Newspaper: Der Deutsche correspondent. [volume]
Place of publication: Baltimore, Md.
Publisher: F. Raine
Date: 1890-11-22 00:00:00
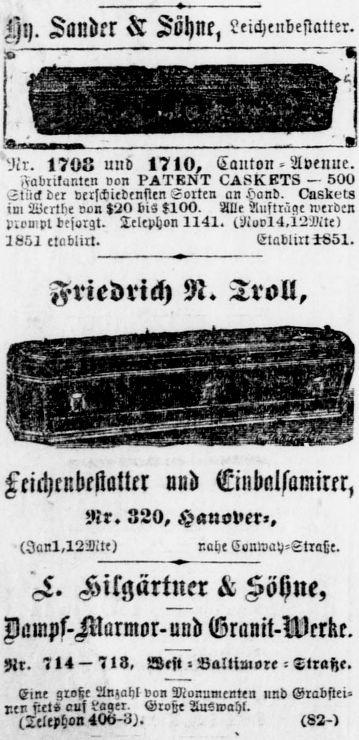
Advertisement text (OCR):
Hlj. Sandrr Söhne, Leichenbestatier. » - —H vlr. t7I)L und t7ll>, Canlon - Avenue. '»abrikantcn von — 50V im Wertbe von t2O bis kIOV. Alle Austrüqe werden p.ouipl besorgt. Telephon 1141. tNovl4.l2Mte> ILSI etablirt. EtavliNtSSl. Friedrich N. Troll, Lcichrkbkliatttr und Einbillsamirer, Nr. 3LV, Hanover-, L. Kilgärtner Söhne, Dümpf-Marmor-und Granit-Nrrke. Nr. 714 — 7>S, West - Baltisiore - Ttrafte.
Label: illustrations